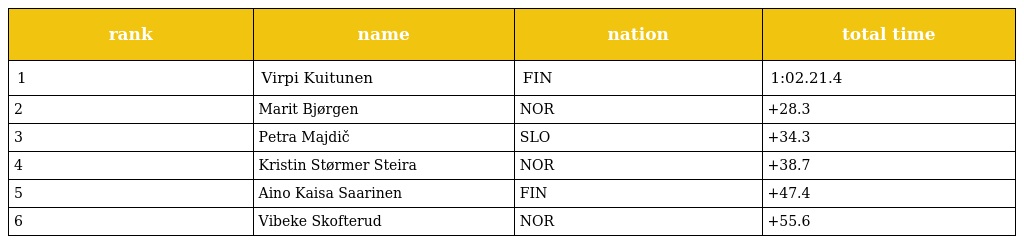
| rank | name | nation | total time |
 | --- | --- | --- | --- |
 | 1 | Virpi Kuitunen | FIN | 1:02.21.4 |
 | 2 | Marit Bjørgen | NOR | +28.3 |
 | 3 | Petra Majdič | SLO | +34.3 |
 | 4 | Kristin Størmer Steira | NOR | +38.7 |
 | 5 | Aino Kaisa Saarinen | FIN | +47.4 |
 | 6 | Vibeke Skofterud | NOR | +55.6 |